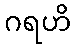
ဂရဟိ